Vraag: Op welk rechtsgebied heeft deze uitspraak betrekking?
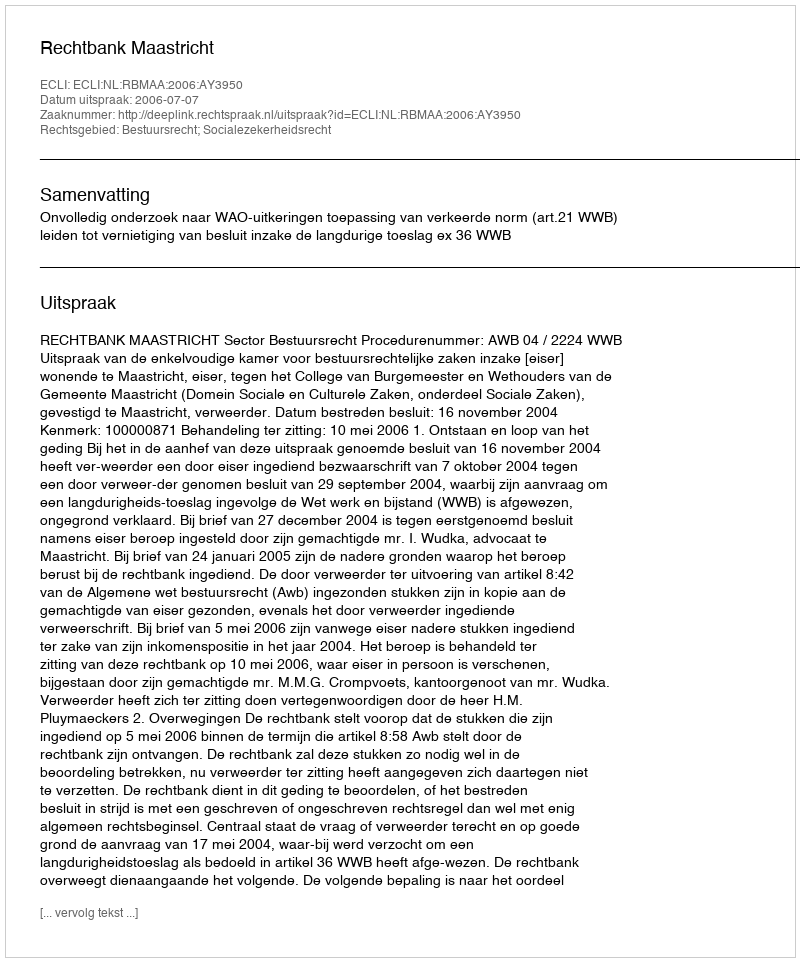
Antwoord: Bestuursrecht; Socialezekerheidsrecht